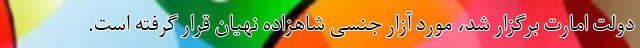
دولت امارت برگزار شد، مورد آزار جنسی شاهزاده نهیان قرار گرفته است.